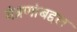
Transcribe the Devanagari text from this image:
यंत्रणांबद्दल